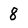
Character: 8